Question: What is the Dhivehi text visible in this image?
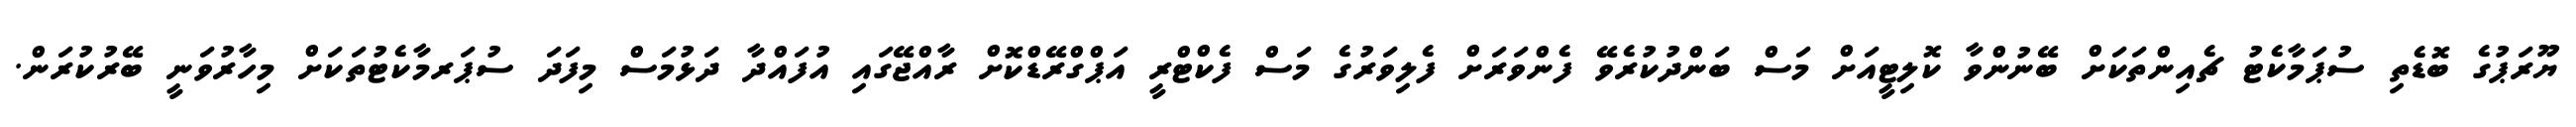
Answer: ޔޫރަޕުގެ ބޮޑެތި ސުޕަމާކެޓު ޗެއިންތަކަށް ބޭނުންވާ ކޮލިޓީއަށް މަސް ބަންދުކުރެވޭ ފެންވަރަށް ފެލިވަރުގެ މަސް ފެކްޓްރީ އަޕްގްރޭޑްކޮށް ރާއްޖޭގައި އުފައްދާ ދަޅުމަސް މިފަދަ ސުޕަރމާކެޓުތަކަށް މިހާރުވަނީ ބޭރުކުރަން.